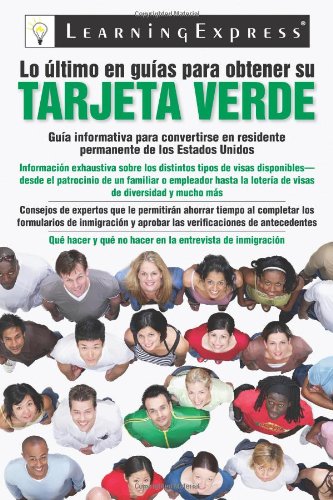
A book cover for Lo Ultimo en Guias de Obtener su Tarjeta Verde (Lo Ultimo En Guias De Obtener Su Tarjeta Verde/Ultimate Guide to Getting Your Green Card); LearningExpress LLC Editors; Test Preparation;